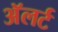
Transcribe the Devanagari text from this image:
अॅलर्ट